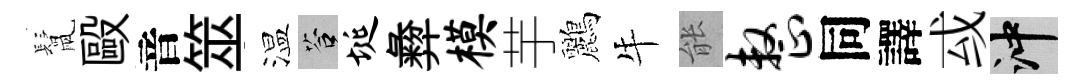
鬛毆音筮温答埏彜模芋鸝牛䏻整同譯㦯冲